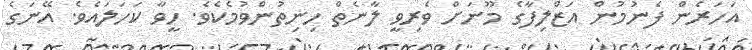
އަހަރެން ފެނުމުން އަޒްލިފާގެ މޫނަށް ވެރިވީ ލާނެތް ހިނިތުންވުމެކެވެ. ހީވާ ކަހަލައެވެ. އޭނަގެ